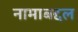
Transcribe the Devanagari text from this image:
नामाबद्दल